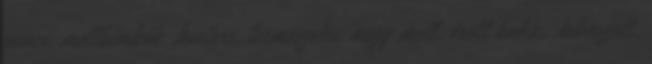
punci, mellbimbók, hooters, természetes, nagy mell, érett kakas, kibaszott,